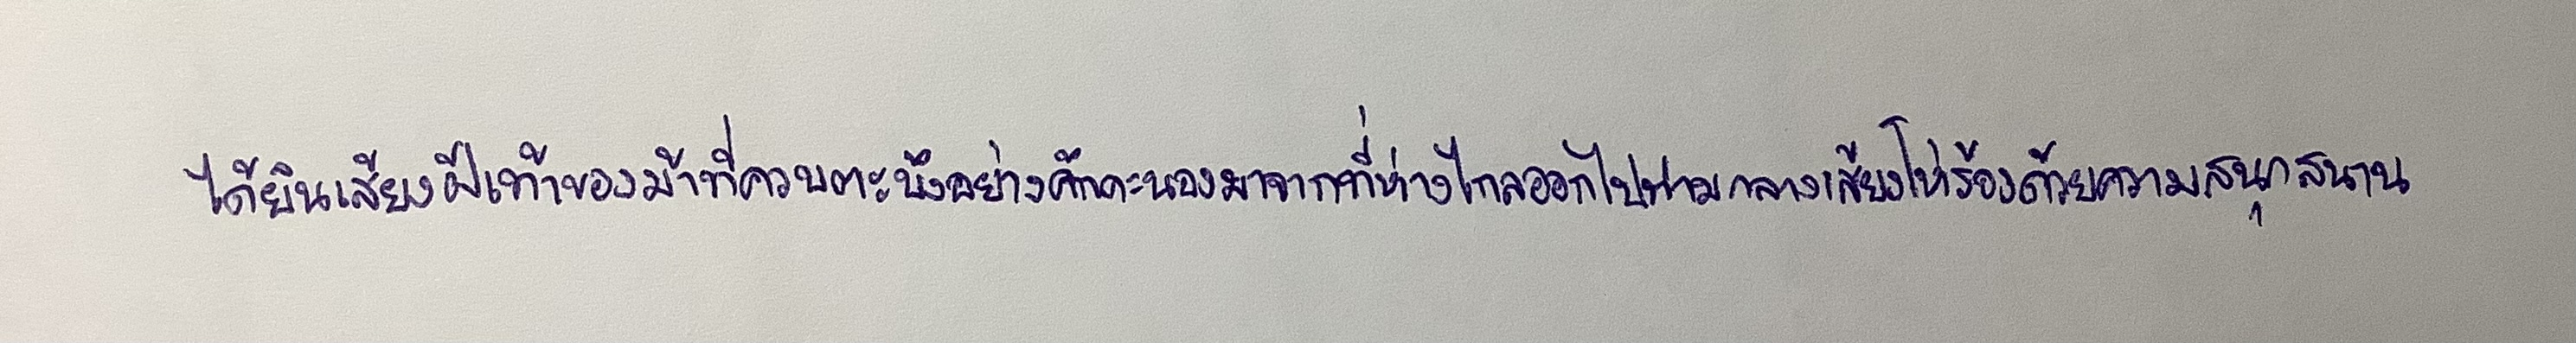
ได้ยินเสียงฝีเท้าของม้าที่ควบตะบึงอย่างคึกคะนองมาจากที่ห่างไกลออกไปท่ามกลางเสียงโห่ร้องด้วยความสนุกสนาน